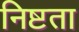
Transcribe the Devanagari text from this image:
निष्टता